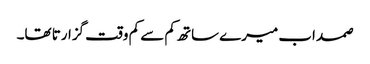
صمد اب میرے ساتھ کم سے کم وقت گزارتا تھا۔